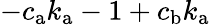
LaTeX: -c_{\mathrm{a}}k_{\mathrm{a}}-1+c_{\mathrm{b}}k_{\mathrm{a}}